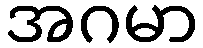
အဂမာ